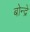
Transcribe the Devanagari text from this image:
बोन्द्रे